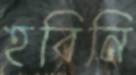
হবিনি